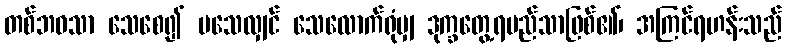
တစ်ဘဝသာ သေစေ၍ မသေလျှင် သေလောက်ရုံမျှ ဒုက္ခတွေ့ရမည်သာဖြစ်၏၊ အကြင်ရဟန်းသည်